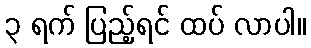
၃ ရက် ပြည့်ရင် ထပ် လာပါ။